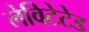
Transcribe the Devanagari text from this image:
लेविटेटेड